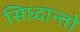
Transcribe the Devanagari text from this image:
सिध्दान्तो